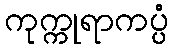
ကုက္ကုရာကပ္ပံ